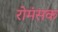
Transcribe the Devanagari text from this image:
रोमंसक